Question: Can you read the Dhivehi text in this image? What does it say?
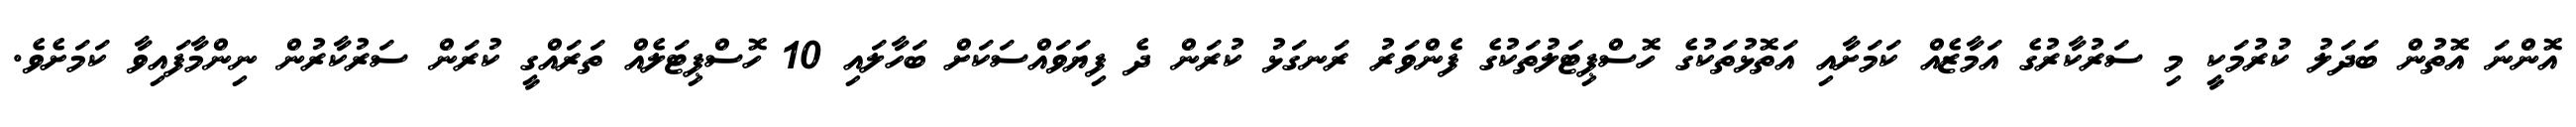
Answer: އޮންނަ އޮތުން ބަދަލު ކުރުމަކީ މި ސަރުކާރުގެ އަމާޒެއް ކަމަށާއި އަތޮޅުތަކުގެ ހޮސްޕިޓަލުތަކުގެ ފެންވަރު ރަނގަޅު ކުރަން ދެ ފިޔަވައްސަކަށް ބަހާލައި 10 ހޮސްޕިޓަލެއް ތަރައްގީ ކުރަން ސަރުކާރުން ނިންމާފައިވާ ކަމަށެވެ.